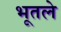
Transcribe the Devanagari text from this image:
भूतले